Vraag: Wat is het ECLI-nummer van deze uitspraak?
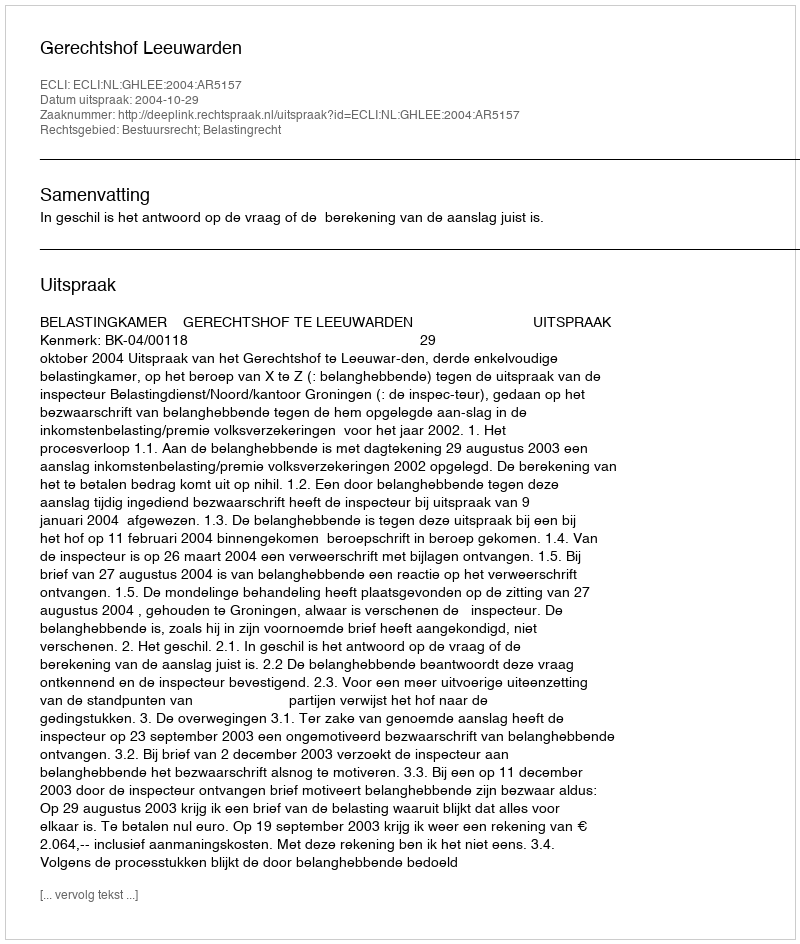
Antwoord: ECLI:NL:GHLEE:2004:AR5157